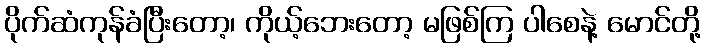
ပိုက်ဆံကုန်ခံပြီးတော့၊ ကိုယ့်ဘေးတော့ မဖြစ်ကြ ပါစေနဲ့ မောင်တို့